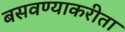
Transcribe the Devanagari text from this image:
बसवण्याकरीता